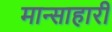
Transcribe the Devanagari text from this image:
मान्साहारी